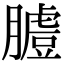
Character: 𦟚